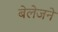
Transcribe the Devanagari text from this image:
बेलेजने